Report on vaccination in the Province of Bengal - 1874-1889
Year: 1874
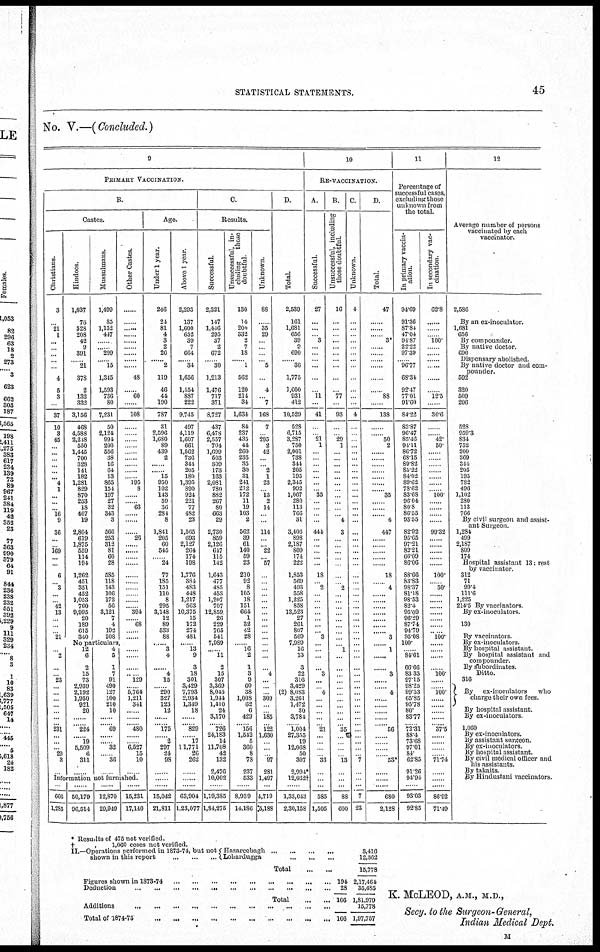
STATISTICAL STATEMENTS.
45
No. V.—(Concluded.)
9
PRIMARY VACCINATION.
B.
Castes.
Christians.
3
...
21
1
...
...
...
...
...
4
5
3
...
37
10
3
45
...
...
...
...
...
... 4
1
...
...
... 16
9
36
...
... 169
... ...
6
... 3
...
... 42
13
...
...
... 21
Hindoos.
1,037
76
528
208
42
9
391
... 21
378
2
132
332
3,156
468
4,588
2,213
550
1,445
700
328
141
182
1,281
829
870
253
18
407
19
2,804
619
1,875
559
114
194
1,262
451
351
452
1,053
760
9,995
20
189
615
340
Mussulmans.
1,499
85
1,132
447
...
... 299
...... 15
1,345
1,593
736
80
7,231
50
2,124
991
200
556
38
16
64
13
865
154
197
27
32
343
3
566
253
312
81
60
28
585
118
143
106
172
56
3,121
7
4
192
208
Other Castes.
......
.....
......
......
......
......
......
......
......
48
...
60
...
108
......
......
......
......
......
......
......
...
... 195
8
...
... 63
....
...
... 26
.....
...
...
...
...
...
...
...
... 394
..... 68
.....
......
No particulars.
... 2
...
... 23
...
...
...
...
...
...
...
231
... ...
... 29
3
...
12
6
2
15
73
2,939
2,192
1,950
921
20
...
... 224
.... 19
5,509
6
311
......
4
5
1
7
91
490
127
100
210
10
...
... 69
......
... 32
... 36
...
......
......
....
... 129
..... 5,764
1,211
341
.....
...
...... 480
......
... 6,527
15
10
......
Information not furnished.
...
666
1,285
......
50,179
96,514
......
12,870
29,949
......
15,231
17,140
Age.
Under 1 year.
246
24
81
4
3
2
26
...... 2
119
46
44
190
787
31
2,596
1,680
89
439
2
...
...... 15
950
102
143
59
36
284
8
1,841
205
60
545
... 24
77
185
151
110
8
295
3,148
12
89
533
88
..... 3
4
...... 4
15
... 290
327
123
12
......
...... 175
...... 2
297
24
98
......
......
......
15,042
21,811
Above 1 year.
2,293
137
1,600
652
39
7
664
.... 34
1,656
1,554
887
222
9,745
497
4,119
1,607
661
1,562
736
344
205
180
1,395
890
924
221
77
482
23
1,565
693
2,127
264
174
198
1,776
384
483
448
1,217
563
10,375
15
172
274
481
... 13
9
3
18
301
3,429
7,793
2,934
1,349
18
.....
...... 829
...... 17
11,771
26
262
.....
......
63,904
1,23,077
C.
Results.
Successful.
2,321
147
1,446
295
37
2
672
.... 30
1,213
1,476
717
371
8,727
437
6,478
2,557
704
1,699
503
309
173
163
2,081
780
882
267
80
663
29
2,730
859
2,126
647
115
142
1,643
477
485
458
1,207
707
12,859
26
229
765
541
7,989
..... 11
2
15
307
3,369
8,045
1,944
1,410
24
3,170
...... 726
24,183
14
11,708
42
132
2,476
10,002
......
1,19,385
1,84,275
Unsuccessful, in-
cluding
those
doubtful.
130
14
200
332
2
7
18
..... 1
562
120
214
34
1,634
84
237
435
44
260
235
35
30
31
241
212
172
11
19
103
2
562
39
61
140
59
23
210
92
8
105
18
151
664
1
32
42
28
.... 16
2
1
3
9
60
38
1,008
62
6
429
.... 156
1,542
5
360
8
78
237
533
......
8,939
14,186
Unknown.
88
...
35
29
...
...
...
... 5
...
4
... 7
168
7
295
2
42
...
... 2
1
23
13
2
14
...
...
114
...
... 22
... 57
...
...
...
...
...
...
...
...
...
...
...
....
...
...
... 4
...
...
... 309
...
... 185
... 122
1,630
...
...
... 97
281
1,497
......
4,719
5,188
D.
Total.
2,539
161
1,681
656
39
9
690
...... 36
1,775
1,600
931
412
10,529
528
6,715
3,287
750
2,001
738
344
205
195
2,345
992
1,067
280
113
766
31
3,406
898
2,187
809
174
222
1,853
569
493
558
1,225
858
13,523
27
261
807
569
7,989
16
13
3
22
316
3,429
(2) 8,083
3,261
1,472
30
3,784
... 1,004
27,355
19
12,068
50
307
2,994*
12,032 †
....
1,33,043
2,30,158
10
RE-VACCINATION.
A.
Successful.
27
...
...
... 3
...
...
...
...
...
...
11
...
41
......
...... 21
1
......
......
......
......
......
......
... 35
...
...
...
...
444
...
...
... ...
...
18
... 2
...
...
...
... ...
...
.... 3
...
...
......
... 3
...
... 4
... ...
...
...
... 21
...
...
...
... 33
...
...
......
585
1,505
B.
Unsuccessful, including
those doubtful.
16
...
...
...
...
...
...
...
...
...
...
77
...
93
...
... 29
1
...
...
...
...
...
...
...
...
...
...
... 4
3
...
...
..... ......
...
...
... 2
...
...
...
...
...
...
......
...
... 1
...
...
...
...
...
...
...
...
...
...
... 35
...
...
...
... 13
...
...
......
88
600
C.
Unknown.
4
...
...
...
...
...
...
...
...
...
...
...
...
4
...
...
...
...
...
.....
......
......
...
...
...
...
...
...
...
...
...
...
...
..... ...
...
...
...
...
...
...
...
...
...
...
...
...
...
...
...
...
...
....
...
...
...
...
...
...
...
...
...
...
...
... 7
...
... ...
7
23
D.
Total.
47
......
......
...... 3*
...
......
.....
......
...
...
88
...
138
.....
..... 50
2
...
...
...
...
... .....
..... 35
...
... ... 4
447
......
...
... ...
......
18
...
4
... ...
....
....
...
...
...
3
...
1
...
...
3
...
...
4
......
......
......
..... 56
......
.....
......
...... 53*
...
...
.....
680
2,128
11
Percentage of
successful cases,
excluding those
unknown from
the total.
In primary vaccin-
ation.
94.69
91.36
87.84
47.04
94.87
22.22
97.39
...... 96.77
68.34
92.47
77.01
91.60
84.22
83.87
96.47
85.16
94.11
86.72
68.15
89.82
85.22
84.02
89.62
78.62
83.68
96.04
80.8
86.55
93.55
82.92
95.65
97.21
82.21
66.09
86.06
88.66
83.83
98.37
81.18
98.53
82.4
95.09
96.29
87.74
94.79
95.08
100.
... 84.61
66.66
83.33
97.15
98.25
99.53
65.85
95.78
80.
83.77
... 72.31
88.4
73.68
97.01
84
62.85
91.26
94.94
......
93.03
92.85
In secondary vac-
cination.
62.8
......
......
...... 100.
...
...
...
...
...
...
12.5
...
30.6
...
..... 42
50
......
......
...
...
...
.....
... 100.
...
...
...
...
99.32
...
....
...... ...
......
100.
... 50.
......
.....
......
.......
......
......
...... 100.
......
....
..... 100.
.....
... 100.
.....
.....
...
...
... 37.5
..... ...
...
... 71.74
...
...
......
86.92
71.49
12
Average number of persons
vaccinated by each
vaccinator.
2,586
By an ex-inoculator.
1,681
656
By compounder.
By native doctor.
690
Dispensary abolished
By native doctor and com-
pounder.
592
320
509
206
528
959 3
834
752
200
369
344
205
195
782
496
1,102
280
113
766
By civil surgeon and assist-
ant Surgeon
1,284
499
2,187
809
174
Hospital assistant 13, rest
by vaccinator.
312
71
99.4
111.6
1,225
214.5 By vaccinators
By ex-inoculators
130
By vaccinators
By ex-inoculators.
By hospital assistant.
By hospital assistant and
compounder.
By subordinates.
Ditto.
316
By ex-inoculators
who
charge their own fees.
By hospital assistant.
By ex-inoculators.
1,060
By ex-inoculators.
By assistant surgeon.
By ex-inoculators.
By hospital assistant .
By civil medical officer and
his assistants.
By takarts.
By Hindustani vaccinators
* Results of 475 not verified.
†
„
1,060 ceses not verified.
II.—Operations performed in 1873-74, but not
shown in this report
...
...
... Hazareebagh
...
...
...
...
Lohardugga
...
...
...
Total
...
...
Figures shown in 1873-74
...
...
...
...
...
...
Deduction
...
...
...
...
...
...
...
...
...
...
Total
...
...
194
28
166
Additions
...
...
...
...
...
...
...
...
Total of 1874-75
...
...
...
...
...
...
...
... 166
3,416
12,362
15,778
2,17,464
35,485
1,81,979
15,778
1,97,757
K. McLEOD, A.M., M.D.,
Secy. to the Surgeon-General,
Indian Medical Dept.
M